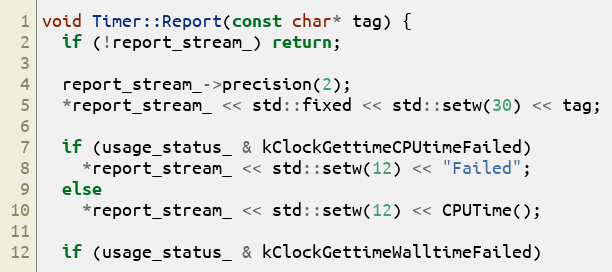
Language: C++
void Timer::Report(const char* tag) {
  if (!report_stream_) return;

  report_stream_->precision(2);
  *report_stream_ << std::fixed << std::setw(30) << tag;

  if (usage_status_ & kClockGettimeCPUtimeFailed)
    *report_stream_ << std::setw(12) << "Failed";
  else
    *report_stream_ << std::setw(12) << CPUTime();

  if (usage_status_ & kClockGettimeWalltimeFailed)